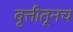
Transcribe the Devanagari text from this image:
वृत्तीतूनच